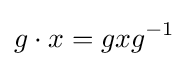
g\cdot x=gxg^{-1}